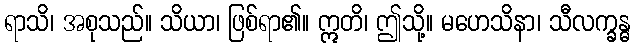
ရာသိ၊ အစုသည်။ သိယာ၊ ဖြစ်ရာ၏။ ဣတိ၊ ဤသို့။ မဟေသိနာ၊ သီလက္ခန္ဓ